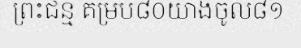
ព្រះជន្ម គម្រប់៨០យាងចូល៨១